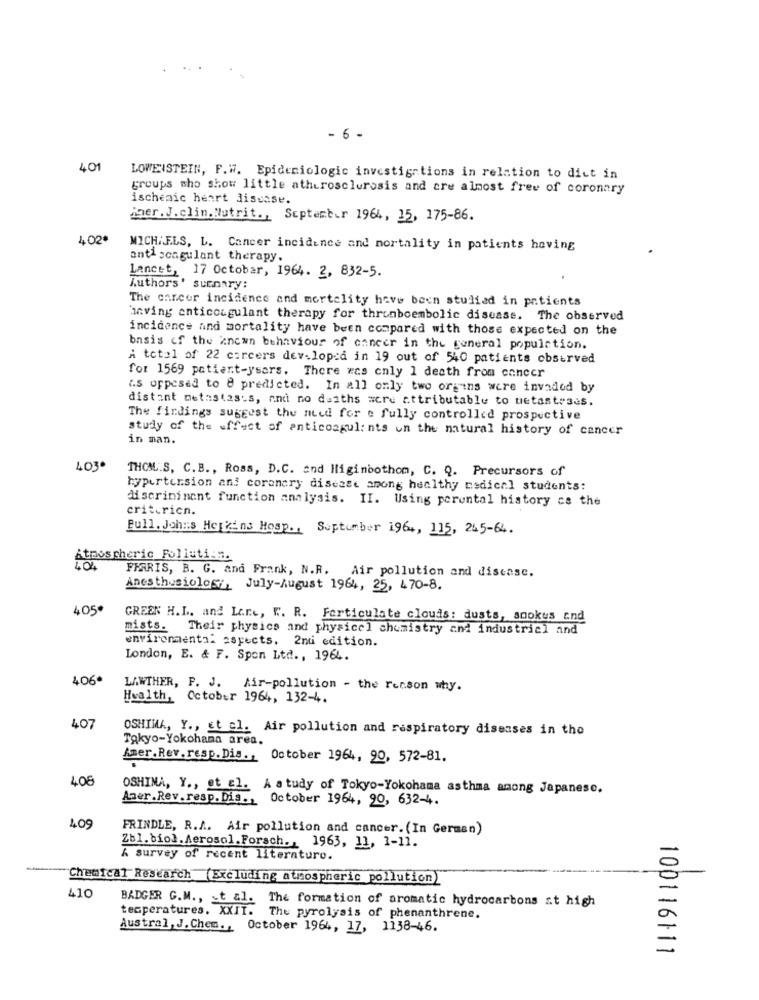
- 6 -
40
LOWENSTEIN, F.W. Epidemiologic investigations in relation to dict in
groups who show little atherosclerosis and cre almost free of coronary
ischeaic heart disease.
iner. J. clin. Nutrit ., September 1964, 15, 175-86.
402.
MICHAELS, L. Cancer incidence and mortality in patients having
anticoagulant therapy.
Lancet, 17 October, 1964. 2, 832-5.
Authors' summary:
The cancer incidence and mortality have been studied in patients
having anticoagulant therapy for thromboembolic disease. The observed
incidence and mortality have been compared with those expected on the
basis of the known behaviour of enneer in the general population.
A total of 22 careers dev-loped in 19 out of 540 patients observed
for 1569 patient-ysars. There was only 1 death from cancer
"s opposed to 8 predicted. In all only two organs were invaded by
distant metastasis, and no deaths were attributable to uetasteses.
The findings suggest the need for e fully controlled prospective
study of the effect of anticoagul: nts on the natural history of cancer
in man.
4030
THOML.S. C. B ., Ross, D.C. and Iliginbothom, C. Q. Precursors of
hypertension and coronary disease among healthy medical students:
discrininent function analysis. II. Using perental history cs the
critericn.
Full. Johns Hopkins Hosp ., September 1964, 115, 245-64.
Atmospheric Folluti:n.
FFARIS, B. G. and Frank, N.R. Air pollution and disease.
Anesthesiolos July-August 1964, 25, 470-8.
405*
GREEN H.L. and Lare, W .. R. Farticulate clouds: dusts, anokus and
mists. Their physics and physical chemistry and industrial and
environmental aspects. 2nd edition.
London, E. & F. Spon Ltd ., 1964.
406.
LAWTHER, P. J. Air-pollution - the renson why.
Health, October 1964, 132-4.
407
OSHIMA, Y ., et al. Air pollution and respiratory diseases in the
Tokyo-Yokohama area.
Amer. Rev. resp. Dis ., October 1964, 90, 572-81.
408
OSHIMA, Y ., et al. A study of Tokyo-Yokohama asthma among Japanese.
Aner.Rev.resp. Dis ., October 1964, 90, 632-4.
409
PRINDLE, R.A .. Air pollution and cancer. (In German)
Zbl.biol. Aerosol.Forsch ., 1963, 11, 1-11.
A survey of recent literaturo.
Chemical Research (Excluding atmospheric pollution)
410
BADGER G.M ., Et al. The formation of aromatic hydrocarbons at high
temperatures. XXIT.
The pyrolysis of phenanthrene.
Austral, J.Chem ., October 1964, 17, 1138-46.
100116111